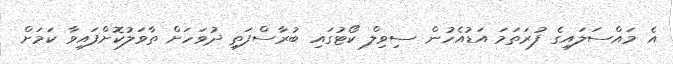
އެ މައްސަލައިގެ ފުރަތަމަ އަޑުއެހުން ސިވިލް ކޯޓުގައި ބުރާސްފަތި ދުވަހަށް ތާވަލުކޮށްފައިވާ ކަމަށް